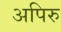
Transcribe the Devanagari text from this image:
अपिरु